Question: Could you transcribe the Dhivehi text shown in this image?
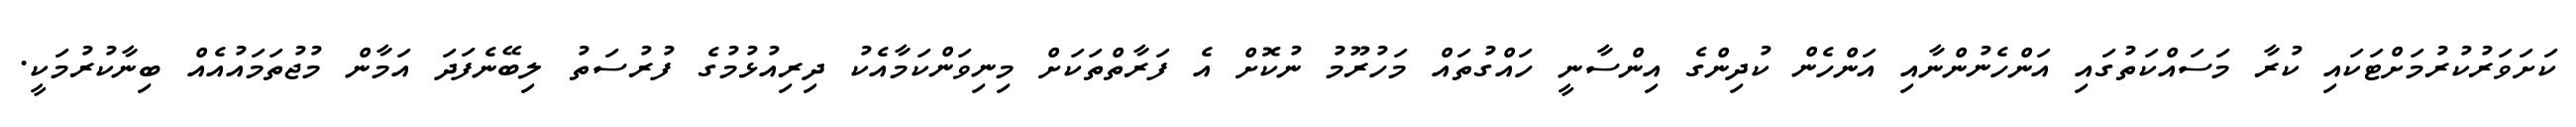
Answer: ކަށަވަރުކުރުމަށްޓަކައި ކުރާ މަސައްކަތުގައި އަންހެނުންނާއި އަންހެން ކުދިންގެ އިންސާނީ ހައްގުތައް މަހުރޫމު ނުކޮށް އެ ފަރާތްތަކަށް މިނިވަންކަމާއެކު ދިރިއުޅުމުގެ ފުރުސަތު ލިބޭނެފަދަ އަމާން މުޖުތަމައުއެއް ބިނާކުރުމަކީ.